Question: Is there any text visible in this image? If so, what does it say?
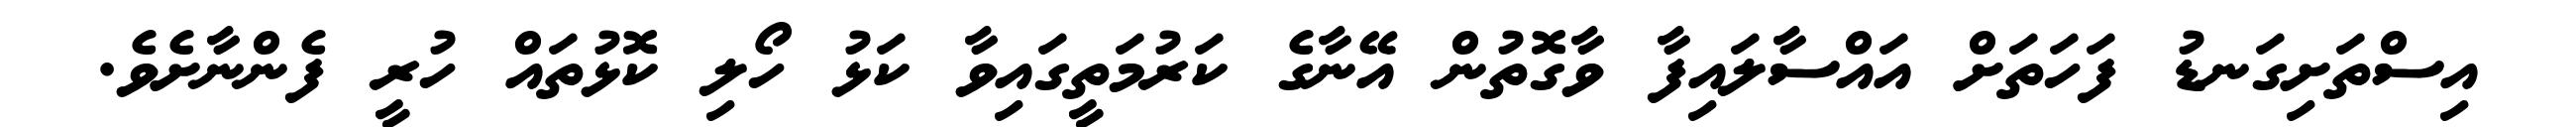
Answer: އިސްތަށިގަނޑު ފަހަތަށް އައްސާލައިފާ ވާގޮތުން އޭނާގެ ކަރުމަތީގައިވާ ކަޅު ހޯލި ކޮޅުތައް ހުރީ ފެންނާށެވެ.